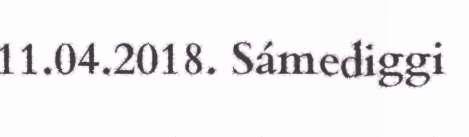
11.04.2018. Sámediggi